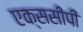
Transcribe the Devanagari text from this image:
एक्ससीपी